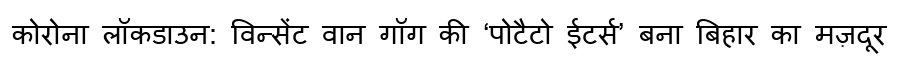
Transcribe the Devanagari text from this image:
कोरोना लॉकडाउन: विन्सेंट वान गॉग की ‘पोटैटो ईटर्स’ बना बिहार का मज़दूर